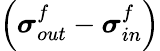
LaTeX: \left({\boldsymbol{\sigma}}_{out}^{f}-{\boldsymbol{\sigma}}_{in}^{f}\right)